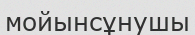
мойынсұнушы